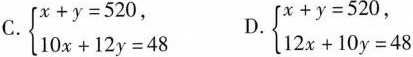
C.$$\begin{cases}